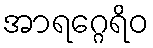
အာရဂ္ဂေရိဝ